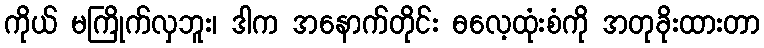
ကိုယ် မကြိုက်လှဘူး၊ ဒါက အနောက်တိုင်း ဓလေ့ထုံးစံကို အတုခိုးထားတာ